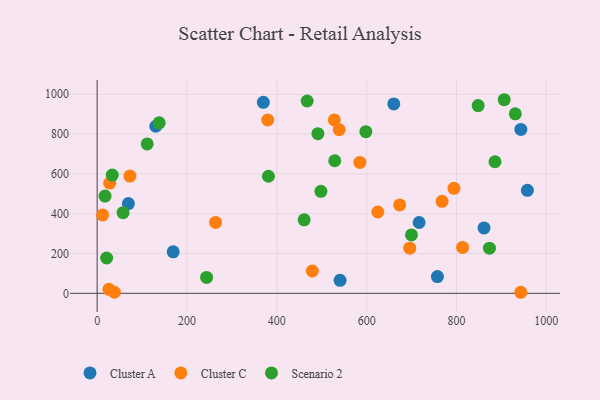
{"axis": {"x": "Study Hours", "y": "Fuel Efficiency"}, "legend": ["Cluster A", "Cluster C", "Scenario 2"], "data": [{"x": "943.4", "y": 823.5, "type": "Cluster A"}, {"x": "540.9", "y": 65.2, "type": "Cluster A"}, {"x": "861.4", "y": 328.6, "type": "Cluster A"}, {"x": "130.6", "y": 839.3, "type": "Cluster A"}, {"x": "716.9", "y": 355.7, "type": "Cluster A"}, {"x": "957.9", "y": 517.3, "type": "Cluster A"}, {"x": "69.5", "y": 451.0, "type": "Cluster A"}, {"x": "660.5", "y": 951.5, "type": "Cluster A"}, {"x": "169.3", "y": 208.6, "type": "Cluster A"}, {"x": "757.6", "y": 84.3, "type": "Cluster A"}, {"x": "370.0", "y": 959.6, "type": "Cluster A"}, {"x": "696.0", "y": 226.8, "type": "Cluster C"}, {"x": "479.0", "y": 112.2, "type": "Cluster C"}, {"x": "38.5", "y": 5.4, "type": "Cluster C"}, {"x": "943.2", "y": 5.2, "type": "Cluster C"}, {"x": "26.3", "y": 19.8, "type": "Cluster C"}, {"x": "538.9", "y": 822.0, "type": "Cluster C"}, {"x": "768.0", "y": 462.1, "type": "Cluster C"}, {"x": "624.8", "y": 408.5, "type": "Cluster C"}, {"x": "813.7", "y": 230.7, "type": "Cluster C"}, {"x": "12.2", "y": 393.8, "type": "Cluster C"}, {"x": "794.4", "y": 527.5, "type": "Cluster C"}, {"x": "585.0", "y": 657.4, "type": "Cluster C"}, {"x": "379.8", "y": 870.8, "type": "Cluster C"}, {"x": "263.7", "y": 355.9, "type": "Cluster C"}, {"x": "73.0", "y": 588.9, "type": "Cluster C"}, {"x": "528.1", "y": 871.1, "type": "Cluster C"}, {"x": "673.5", "y": 444.0, "type": "Cluster C"}, {"x": "27.9", "y": 553.7, "type": "Cluster C"}, {"x": "885.8", "y": 661.0, "type": "Scenario 2"}, {"x": "498.2", "y": 512.4, "type": "Scenario 2"}, {"x": "873.5", "y": 227.0, "type": "Scenario 2"}, {"x": "699.8", "y": 293.3, "type": "Scenario 2"}, {"x": "848.3", "y": 943.2, "type": "Scenario 2"}, {"x": "467.6", "y": 966.1, "type": "Scenario 2"}, {"x": "460.9", "y": 369.0, "type": "Scenario 2"}, {"x": "57.7", "y": 405.3, "type": "Scenario 2"}, {"x": "381.4", "y": 588.2, "type": "Scenario 2"}, {"x": "529.0", "y": 666.1, "type": "Scenario 2"}, {"x": "931.0", "y": 901.8, "type": "Scenario 2"}, {"x": "138.1", "y": 856.5, "type": "Scenario 2"}, {"x": "17.6", "y": 488.3, "type": "Scenario 2"}, {"x": "243.7", "y": 79.6, "type": "Scenario 2"}, {"x": "906.3", "y": 972.6, "type": "Scenario 2"}, {"x": "21.1", "y": 177.3, "type": "Scenario 2"}, {"x": "33.7", "y": 593.9, "type": "Scenario 2"}, {"x": "111.4", "y": 750.3, "type": "Scenario 2"}, {"x": "491.5", "y": 802.2, "type": "Scenario 2"}, {"x": "598.3", "y": 812.3, "type": "Scenario 2"}]}